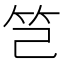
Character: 𥫟